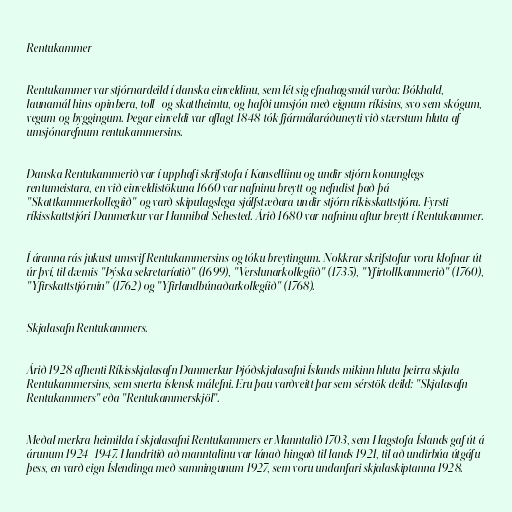
Rentukammer

Rentukammer var stjórnardeild í danska einveldinu, sem lét sig efnahagsmál varða: Bókhald,
launamál hins opinbera, toll- og skattheimtu, og hafði umsjón með eignum ríkisins, svo sem skógum,
vegum og byggingum. Þegar einveldi var aflagt 1848 tók fjármálaráðuneyti við stærstum hluta af
umsjónarefnum rentukammersins.

Danska Rentukammerið var í upphafi skrifstofa í Kansellíinu og undir stjórn konunglegs
rentumeistara, en við einveldistökuna 1660 var nafninu breytt og nefndist það þá
"Skattkammerkollegíið" og varð skipulagslega sjálfstæðara undir stjórn ríkisskattstjóra. Fyrsti
ríkisskattstjóri Danmerkur var Hannibal Sehested. Árið 1680 var nafninu aftur breytt í Rentukammer.

Í áranna rás jukust umsvif Rentukammersins og tóku breytingum. Nokkrar skrifstofur voru klofnar út
úr því, til dæmis "Þýska sekretaríatið" (1699), "Verslunarkollegíið" (1735), "Yfirtollkammerið" (1760),
"Yfirskattstjórnin" (1762) og "Yfirlandbúnaðarkollegíið" (1768).

Skjalasafn Rentukammers.

Árið 1928 afhenti Ríkisskjalasafn Danmerkur Þjóðskjalasafni Íslands mikinn hluta þeirra skjala
Rentukammersins, sem snerta íslensk málefni. Eru þau varðveitt þar sem sérstök deild: "Skjalasafn
Rentukammers" eða "Rentukammerskjöl".

Meðal merkra heimilda í skjalasafni Rentukammers er Manntalið 1703, sem Hagstofa Íslands gaf út á
árunum 1924–1947. Handritið að manntalinu var lánað hingað til lands 1921, til að undirbúa útgáfu
þess, en varð eign Íslendinga með samningunum 1927, sem voru undanfari skjalaskiptanna 1928.